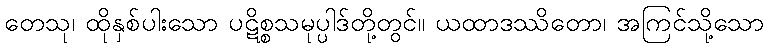
တေသု၊ ထိုနှစ်ပါးသော ပဋိစ္စသမုပ္ပါဒ်တို့တွင်။ ယထာဒဿိတော၊ အကြင်သို့သော